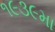
૧૯૩૯મા